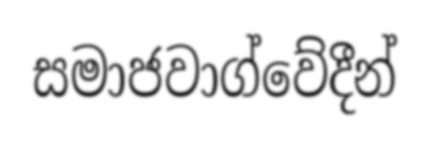
සමාජවාග්වේදීන්